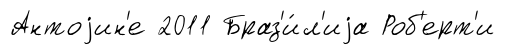
Антоjин'е 2011 Браз'и́л'иjа Роб'ерт'и